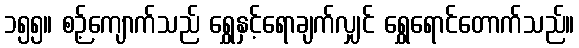
၁၅၅။ စဉ့်ကျောက်သည် ရွှေနှင့်ရောချက်လျှင် ရွှေရောင်တောက်သည်။